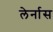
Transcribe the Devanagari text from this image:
लेर्नास